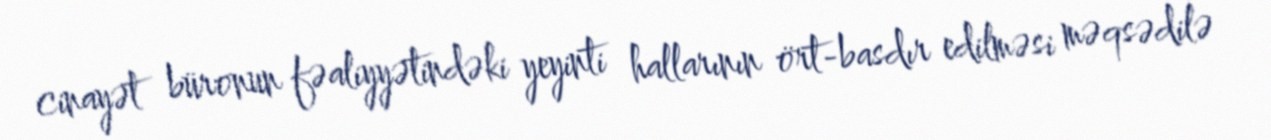
cinayət büronun fəaliyyətindəki yeyinti hallarının ört-basdır edilməsi məqsədilə